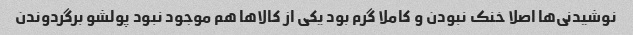
نوشیدنی‌ها اصلا خنک نبودن و کاملا گرم بود یکی از کالاها هم موجود نبود پولشو برگردوندن